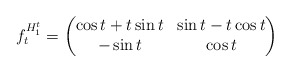
\begin{align*}f_{t}^{H_{1}^{t}}=\begin{pmatrix}\cos t+t\sin t & \sin t-t\cos t\\-\sin t & \cos t\end{pmatrix}\end{align*}